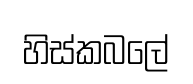
හිස්කබලේ